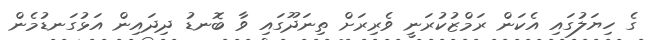
ގެ ހިޔަލުގައި އެކަން ރަމްޒުކުރަނީ ވެރިރަށް ތިނަދޫގައި ވާ ބޮނޑު ދިދައިން އަޅުގަނޑުމެން